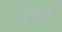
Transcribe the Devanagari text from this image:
एस्प्री